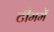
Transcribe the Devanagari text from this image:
टीममें